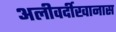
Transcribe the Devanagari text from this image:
अलीवर्दीखानास